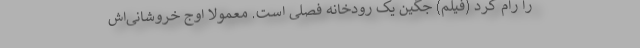
را رام کرد (فیلم) جگین یک رودخانه فصلی است. معمولا اوج خروشانی‌اش